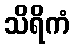
သိရိကံ